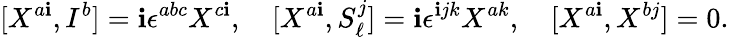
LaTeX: [X^{a\mathbf{i}},I^{b}]=\mathbf{i}\epsilon^{abc}X^{c\mathbf{i}},\quad[X^{a\mathbf{i}},S_{\ell}^{j}]=\mathbf{i}\epsilon^{\mathbf{i}jk}X^{ak},\quad[X^{a\mathbf{i}},X^{bj}]=0.